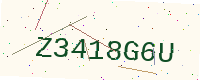
Text: Z3418G6U